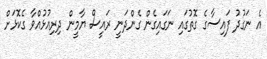
އެ ނަގުދު ފައިސާގެ ގޮތުގައި ނަގައިގެން ގެންދަނީ ރައީސް ޔާމީން ދިރިއުޅުއްވާ ގެކޮޅަށް